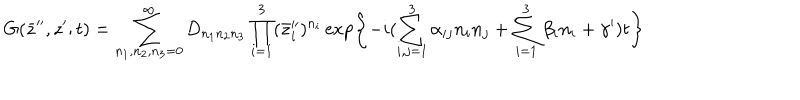
G ( \bar { z } ^ { \prime \prime } , z ^ { \prime } ; t ) = \sum _ { n _ { 1 } , n _ { 2 } , n _ { 3 } = 0 } ^ { \infty } D _ { n _ { 1 } n _ { 2 } n _ { 3 } } \prod _ { i = 1 } ^ { 3 } ( \bar { z } _ { i } ^ { \prime \prime } ) ^ { n _ { i } } \exp \left\{ - i ( \sum _ { i , j = 1 } ^ { 3 } \alpha _ { i j } n _ { i } n _ { j } + \sum _ { i = 1 } ^ { 3 } \beta _ { i } n _ { i } + \gamma ^ { \prime } ) t \right\}